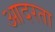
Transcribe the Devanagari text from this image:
आदरता